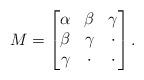
LaTeX: \begin{align*}M = \left[ \begin{matrix} \alpha & \beta & \gamma \\ \beta & \gamma & \cdot \\ \gamma & \cdot & \cdot \end{matrix} \right].\end{align*}